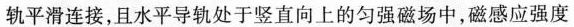
轨平滑连接，且水平导轨处于竖直向上的匀强磁场中，磁感应强度